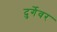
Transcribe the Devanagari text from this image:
दुर्गेवर